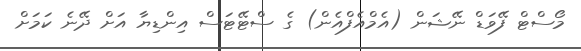
މޯސްޓް ފޭވަޑް ނޭޝަން (އެމްއެފްއެން) ގެ ސްޓޭޓަސް އިންޑިޔާ އަށް ދޭނެ ކަމަށް